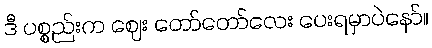
ဒီ ပစ္စည်းက ဈေး တော်တော်လေး ပေးရမှာပဲနော်။